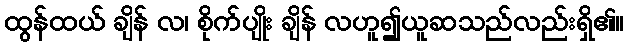
ထွန်ထယ် ချိန် လ၊ စိုက်ပျိုး ချိန် လဟူ၍ယူဆသည်လည်းရှိ၏။